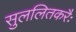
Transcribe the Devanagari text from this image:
सुललितकरैः